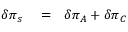
\begin{array} { r l r } { \delta \pi _ { s } } & { { } = } & { \delta \pi _ { A } + \delta \pi _ { C } } \end{array}